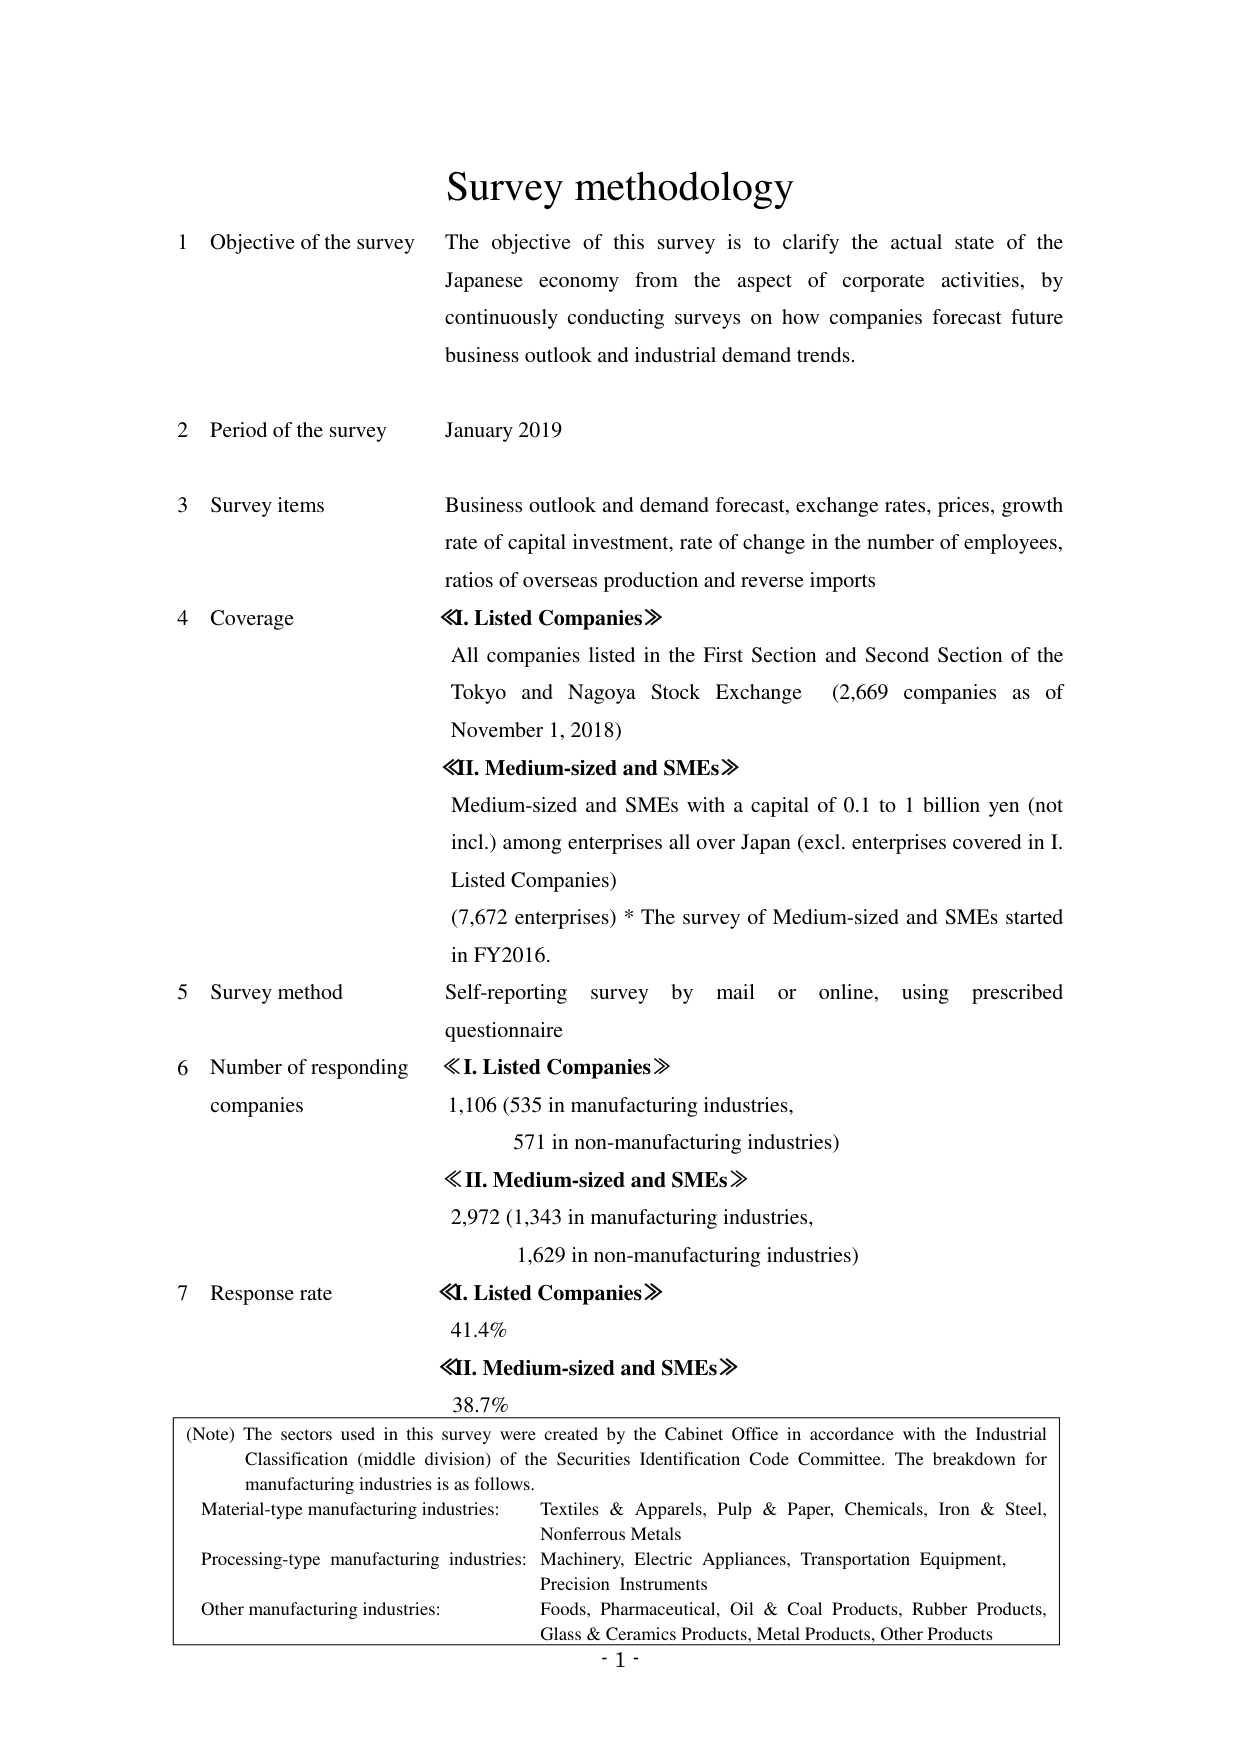
Survey methodology

1 Objective of the survey The objective of this survey is to clarify the actual state of the Japanese economy from the aspect of corporate activities, by continuously conducting surveys on how companies forecast future business outlook and industrial demand trends.

2 Period of the survey January 2019

3 Survey items Business outlook and demand forecast, exchange rates, prices, growth rate of capital investment, rate of change in the number of employees, ratios of overseas production and reverse imports

4 Coverage ≪I. Listed Companies≫ All companies listed in the First Section and Second Section of the Tokyo and Nagoya Stock Exchange (2,669 companies as of November 1, 2018) ≪II. Medium-sized and SMEs≫ Medium-sized and SMEs with a capital of 0.1 to 1 billion yen (not incl.) among enterprises all over Japan (excl. enterprises covered in I. Listed Companies) (7,672 enterprises) * The survey of Medium-sized and SMEs started in FY2016.

5 Survey method Self-reporting survey by mail or online, using prescribed questionnaire

6 Number of responding companies ≪I. Listed Companies≫ 1,106 (535 in manufacturing industries, 571 in non-manufacturing industries) ≪II. Medium-sized and SMEs≫ 2,972 (1,343 in manufacturing industries, 1,629 in non-manufacturing industries)

7 Response rate ≪I. Listed Companies≫ 41.4% ≪II. Medium-sized and SMEs≫ 38.7%

(Note) The sectors used in this survey were created by the Cabinet Office in accordance with the Industrial Classification (middle division) of the Securities Identification Code Committee. The breakdown for manufacturing industries is as follows. Material-type manufacturing industries: Textiles & Apparels, Pulp & Paper, Chemicals, Iron & Steel, Nonferrous Metals Processing-type manufacturing industries: Machinery, Electric Appliances, Transportation Equipment, Precision Instruments Other manufacturing industries: Foods, Pharmaceutical, Oil & Coal Products, Rubber Products, Glass & Ceramics Products, Metal Products, Other Products

- 1 -